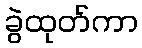
ခွဲထုတ်ကာ